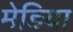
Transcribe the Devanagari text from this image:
मेड़िया